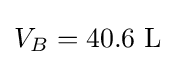
V_{B}=40.6\ \mathrm {L}